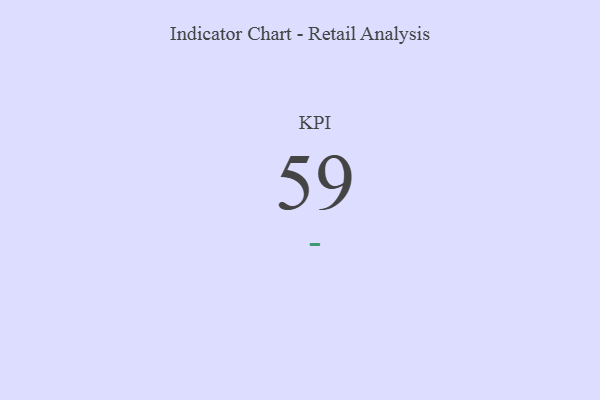
{"axis": {"x": "KPI", "y": "Value"}, "legend": [""], "data": [{"x": "KPI", "y": 59, "type": ""}]}